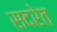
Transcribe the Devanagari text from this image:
सदरेत